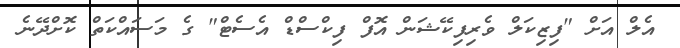
އެލް އަށް "ފިޒިކަލް ވެރިފިކޭޝަން އޮފް ފިކްސްޑް އެސެޓް" ގެ މަސައްކަތް ކޮށްދޭނެ